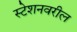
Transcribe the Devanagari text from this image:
स्टेशनवरील